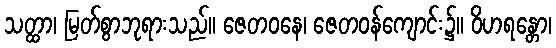
သတ္ထာ၊ မြတ်စွာဘုရားသည်။ ဇေတဝနေ၊ ဇေတဝန်ကျောင်း၌။ ဝိဟရန္တော၊